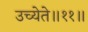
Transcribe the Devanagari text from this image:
उच्येते॥११॥